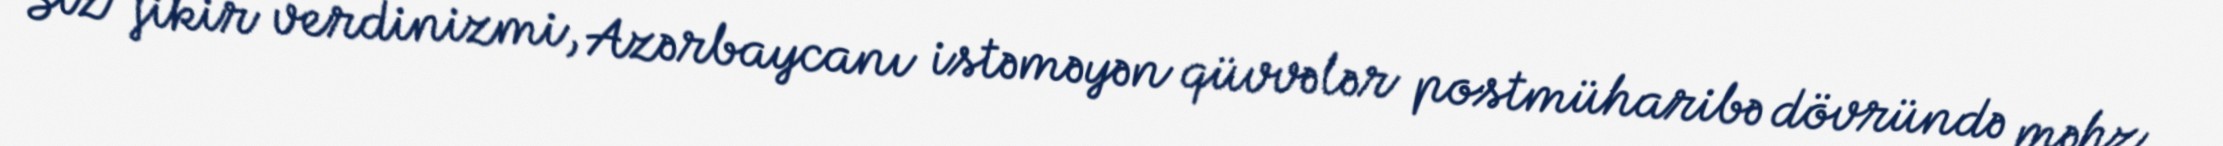
Siz fikir verdinizmi, Azərbaycanı istəməyən qüvvələr postmüharibə dövründə məhz